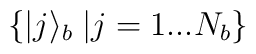
\left\{ |j\rangle_b \right. \left| j = 1 ... N_b \right\}